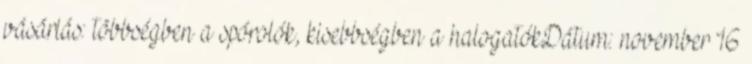
vásárlás: többségben a spórolók, kisebbségben a halogatókDátum: november 16